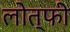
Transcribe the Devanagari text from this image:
लोत्फी